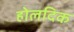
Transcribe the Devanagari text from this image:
होलदिक